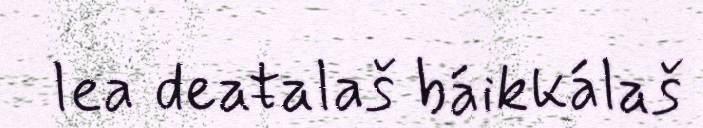
lea deaŧalaš báikkálaš